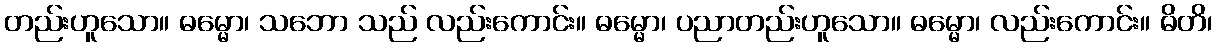
တည်းဟူသော။ ဓမ္မော၊ သဘော သည် လည်းကောင်း။ ဓမ္မော၊ ပညာတည်းဟူသော။ ဓမ္မော၊ လည်းကောင်း။ ဓိတိ၊